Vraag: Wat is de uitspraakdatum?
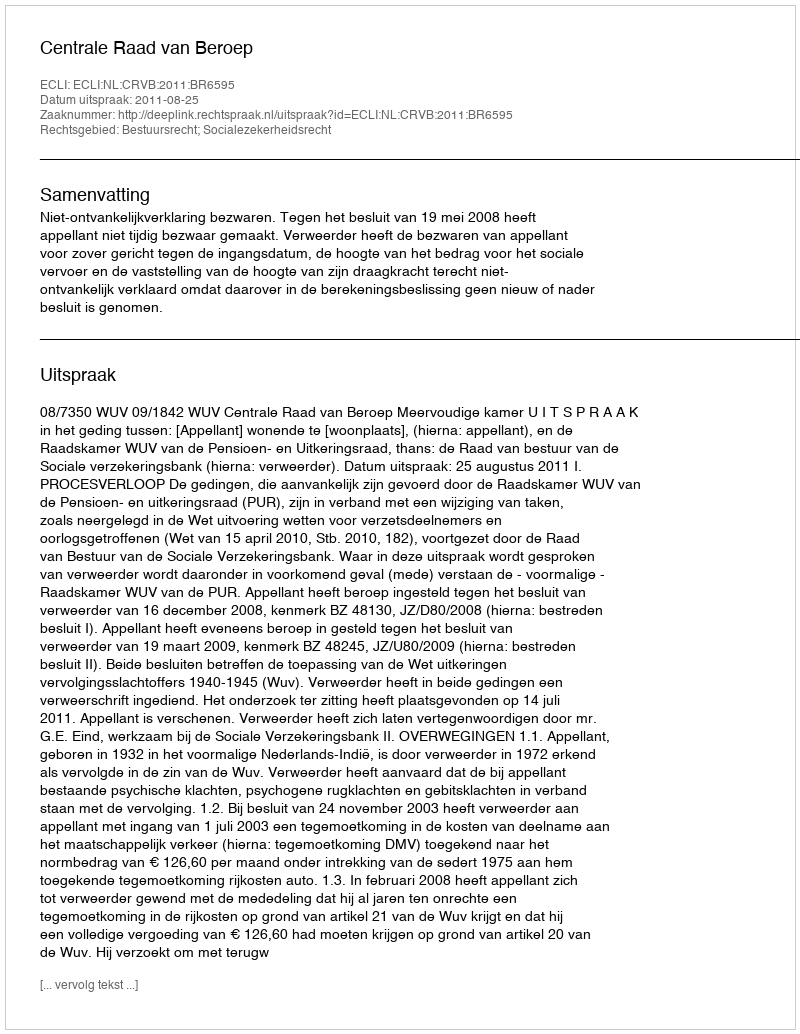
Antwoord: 2011-08-25